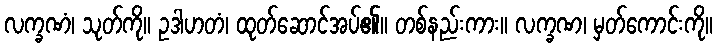
လက္ခဏံ၊ သုတ်ကို။ ဥဒါဟတံ၊ ထုတ်ဆောင်အပ်၏။ တစ်နည်းကား။ လက္ခဏ၊ မှတ်ကောင်းကို။